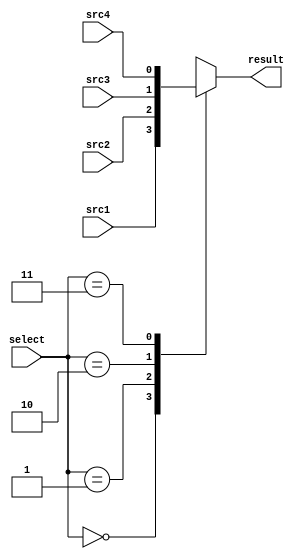
module MUX4to1(
	input			src1,
	input			src2,
	input			src3,
	input			src4,
	input   [2-1:0] select,
	output reg		result
	);
/* Write your code HERE */
always @(src1, src2, src3, src4, select) begin
	case(select)
		2'b00:
			result <= src1;
		2'b01:
			result <= src2;
		2'b10:
			result <= src3;
		2'b11:
			result <= src4;
		default:
			result <= result;
	endcase
end
	
endmodule